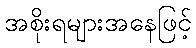
အစိုးရများအနေဖြင့်